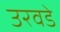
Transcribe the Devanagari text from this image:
उरवडे